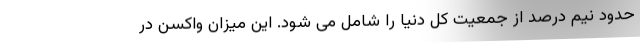
حدود نیم درصد از جمعیت کل دنیا را شامل می شود. این میزان واکسن در